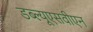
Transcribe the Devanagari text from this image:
डब्ल्यूएसवीएन